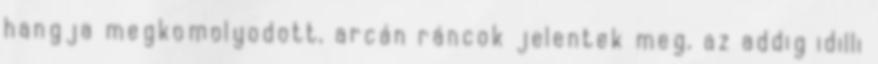
hangja megkomolyodott, arcán ráncok jelentek meg, az addig idilli